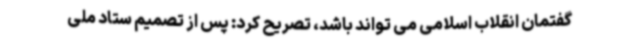
گفتمان انقلاب اسلامی می تواند باشد، تصریح کرد: پس از تصمیم ستاد ملی